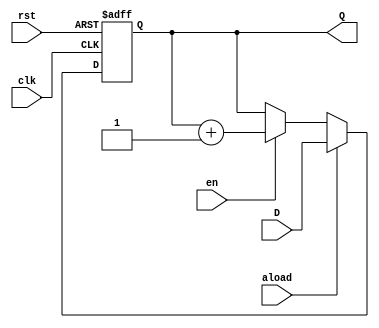
`timescale 1ns / 1ps
//////////////////////////////////////////////////////////////////////////////////
// Company: 
// Engineer: 
// 
// Design Name: 
// Module Name:    pc_param 
// Project Name: 
// Target Devices: 
// Tool versions: 
// Description: 
//
// Dependencies: 
//
// Revision: 
// Revision 0.01 - File Created
// Additional Comments: 
//
//////////////////////////////////////////////////////////////////////////////////
module pc_param
	#(parameter SIZE = 16)
	(output [SIZE-1:0] Q,
	input clk, 
	input aload,
	input [SIZE-1:0] D,
	input en,
	input rst
	);
	
	reg [SIZE-1:0] tmp;
	
	always @(posedge clk, negedge rst)
	begin
		if (~rst)
			begin
				tmp <= {(SIZE){1'b0}};
			end
		else if(aload) 
			begin
				tmp <= D;
			end
		else if(en)
			begin
				tmp <= tmp + 1'b1;
			end
	end
	
	assign Q = tmp;
	
endmodule